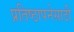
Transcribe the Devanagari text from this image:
प्रतिष्ठापनेसाठी